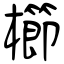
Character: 櫛